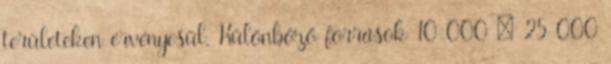
területeken érvényesül. Különböző források 10 000 – 25 000